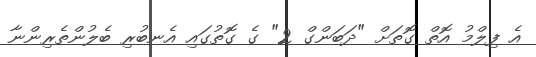
އެ ފިލްމު އޮތް ގޮތަށް "ދަބަންގް 2" ގެ ގޮތުގައި އެނބުރި ބެލުންތެރިންނާ